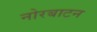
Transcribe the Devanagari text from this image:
नोरबाटन